Vaccination North-Western Provinces and Oudh 1878-1895 - 1878-1895
Year: 1878
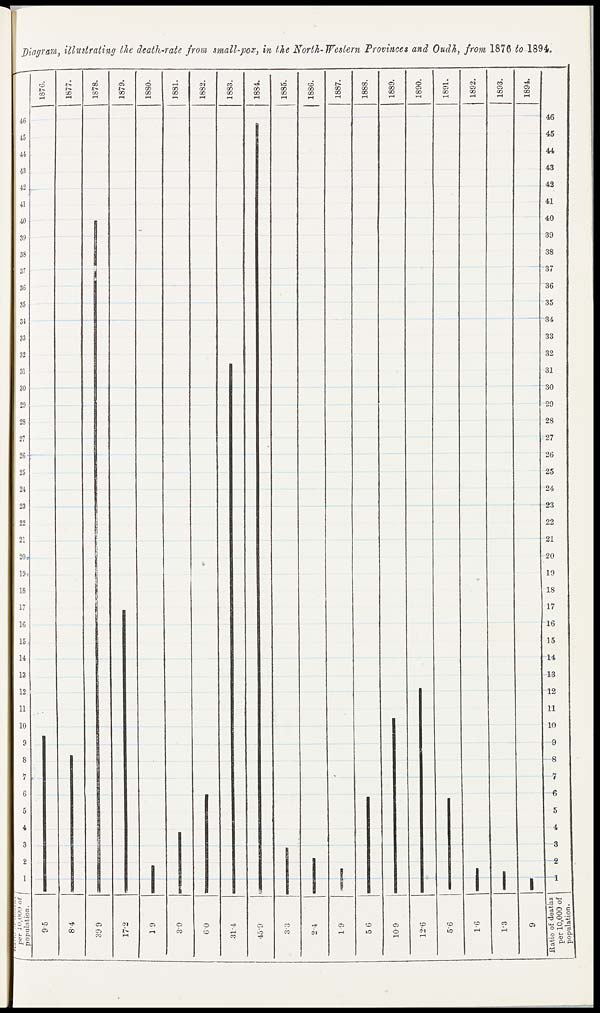
Diagram, illustrating the death-rate from small-pox, in the North-Western Provinces and Oudh, from 1876 to 1894.